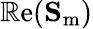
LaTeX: \operatorname{\mathbb{R}e}(\mathbf{{S}}_{\mathrm{{m}}})